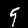
Label: 9